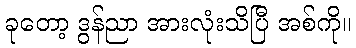
ခုတော့ ဒွန်ညာ အားလုံးသိပြီ အစ်ကို။